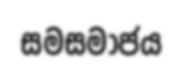
සමසමාජය